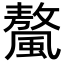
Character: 𩘮